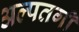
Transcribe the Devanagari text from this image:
अल्पतगी